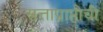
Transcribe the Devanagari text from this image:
सत्ताप्राप्तीची